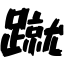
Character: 蹴